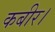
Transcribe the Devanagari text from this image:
कबीर।